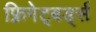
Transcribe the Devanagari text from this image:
फ़्रिगेट्बर्ड्स